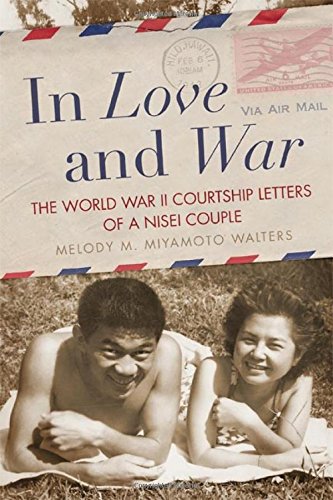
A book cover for In Love and War: The World War II Courtship Letters of a Nisei Couple; Melody M. Miyamoto Walters; History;